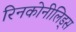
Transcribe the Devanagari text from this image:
रिनकोनीलिड्स